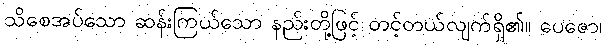
သိစေအပ်သော ဆန်းကြယ်သော နည်းတို့ဖြင့် တင့်တယ်လျက်ရှိ၏။ ပေဇော၊